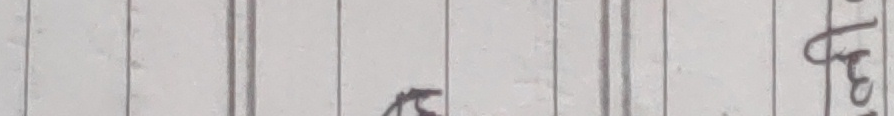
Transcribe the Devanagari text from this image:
अ